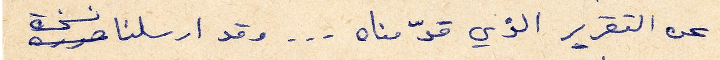
عن التقرير الذي قدمناه... وقد ارسلنا نسخة